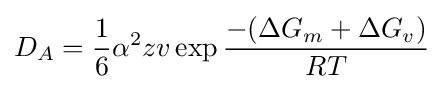
D_{A}={\frac {1}{6}}\alpha ^{2}zv\exp {\frac {-(\Delta G_{m}+\Delta G_{v})}{RT}}